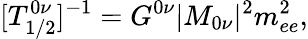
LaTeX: [T_{1/2}^{0\nu}]^{-1}=G^{0\nu}|M_{0\nu}|^{2}m_{ee}^{2},